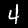
Digit: 4